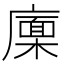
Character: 𢋏